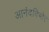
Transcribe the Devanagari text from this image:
आनंदविभोर